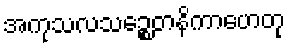
အကုသလသဉ္စေတနိကာဟေတု